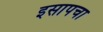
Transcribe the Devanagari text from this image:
इसापचा